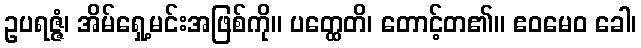
ဥပရဇ္ဇံ၊ အိမ်ရှေ့မင်းအဖြစ်ကို။ ပတ္ထေတိ၊ တောင့်တ၏။ ဧဝမေဝ ခေါ၊